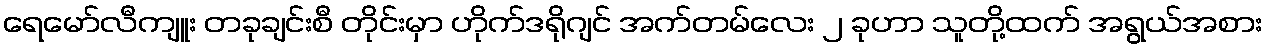
ရေမော်လီကျူး တခုချင်းစီ တိုင်းမှာ ဟိုက်ဒရိုဂျင် အက်တမ်လေး ၂ ခုဟာ သူတို့ထက် အရွယ်အစား